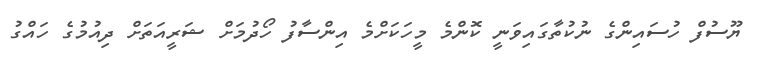
ޔޫސުފް ހުސައިންގެ ނުކުތާގައިވަނީ ކޮންމެ މީހަކަށްމެ އިންސާފު ހޯދުމަށް ޝަރީއަތަށް ދިއުމުގެ ހައްގު